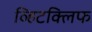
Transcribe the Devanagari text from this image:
व्हिटक्लिफ